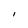
Character: I